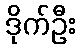
ဒိုက်ဦး